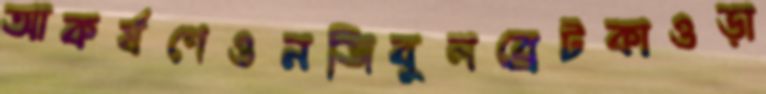
আকর্ষণেওনজিবুলব্রেটকাওড়া